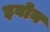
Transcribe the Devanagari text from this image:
इवोन